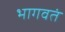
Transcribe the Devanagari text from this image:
भागवतं